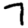
Digit: 7